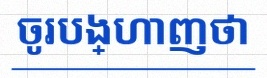
ចូរបង្ហាញថា